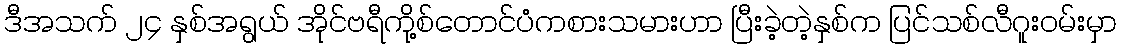
ဒီအသက် ၂၄ နှစ်အရွယ် အိုင်ဗရီကို့စ်တောင်ပံကစားသမားဟာ ပြီးခဲ့တဲ့နှစ်က ပြင်သစ်လီဂူးဝမ်းမှာ